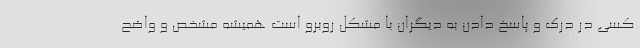
کسی در درک و پاسخ دادن به دیگران با مشکل روبرو است همیشه مشخص و واضح